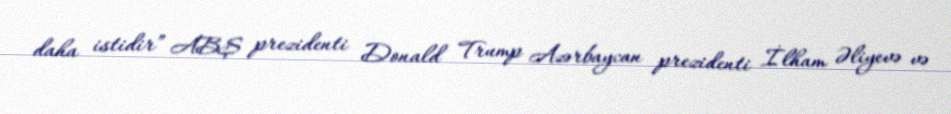
daha istidir” ABŞ prezidenti Donald Trump Azərbaycan prezidenti İlham Əliyevə və